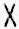
X